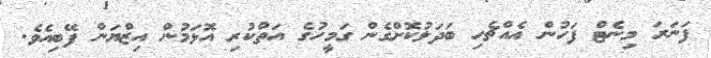
ފަނަރަ މިނެޓް ފަހުން އެއްޗެހި ބަދަލުކޮށްގެން ގަމީހުގެ އަތްކުރި އޮޅަމުން އިޒްޔަން ފޭބިއެވެ.